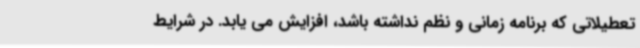
تعطیلاتی که برنامه زمانی و نظم نداشته باشد، افزایش می یابد. در شرایط